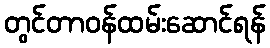
တွင်တာဝန်ထမ်းဆောင်ရန်